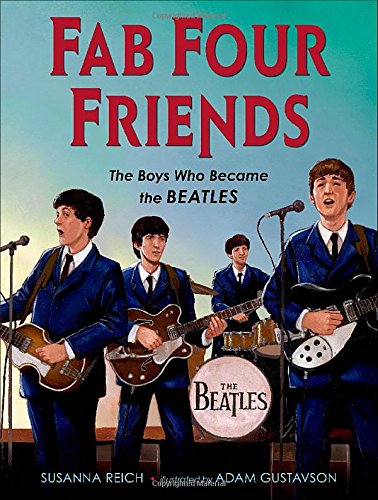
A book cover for Fab Four Friends: The Boys Who Became the Beatles; Susanna Reich; Humor & Entertainment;